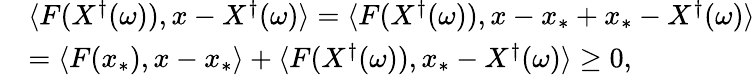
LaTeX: \begin{array}{rl}&{\langle F(X^{\dagger}(\omega)),x-X^{\dagger}(\omega)\rangle=\langle F(X^{\dagger}(\omega)),x-x_{*}+x_{*}-X^{\dagger}(\omega)\rangle}\\ &{=\langle F(x_{*}),x-x_{*}\rangle+\langle F(X^{\dagger}(\omega)),x_{*}-X^{\dagger}(\omega)\rangle\geq 0,}\end{array}